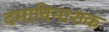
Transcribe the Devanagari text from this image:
दमाविनाशक